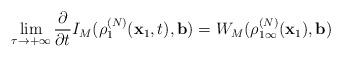
LaTeX: \begin{align*}\lim_{\tau \rightarrow +\infty }\frac{\partial }{\partial t}I_{M}(\rho_{1}^{(N)}(\mathbf{x}_{1},t),\mathbf{b})=W_{M}(\rho _{1\infty }^{(N)}(\mathbf{x}_{1}),\mathbf{b})\end{align*}